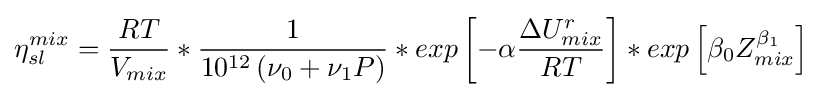
\eta _{sl}^{mix}={\frac {RT}{V_{mix}}}*{\frac {1}{10^{12}\left(\nu _{0}+\nu _{1}P\right)}}*exp\left[-\alpha {\frac {\Delta U_{mix}^{r}}{RT}}\right]*exp\left[\beta _{0}Z_{mix}^{\beta _{1}}\right]